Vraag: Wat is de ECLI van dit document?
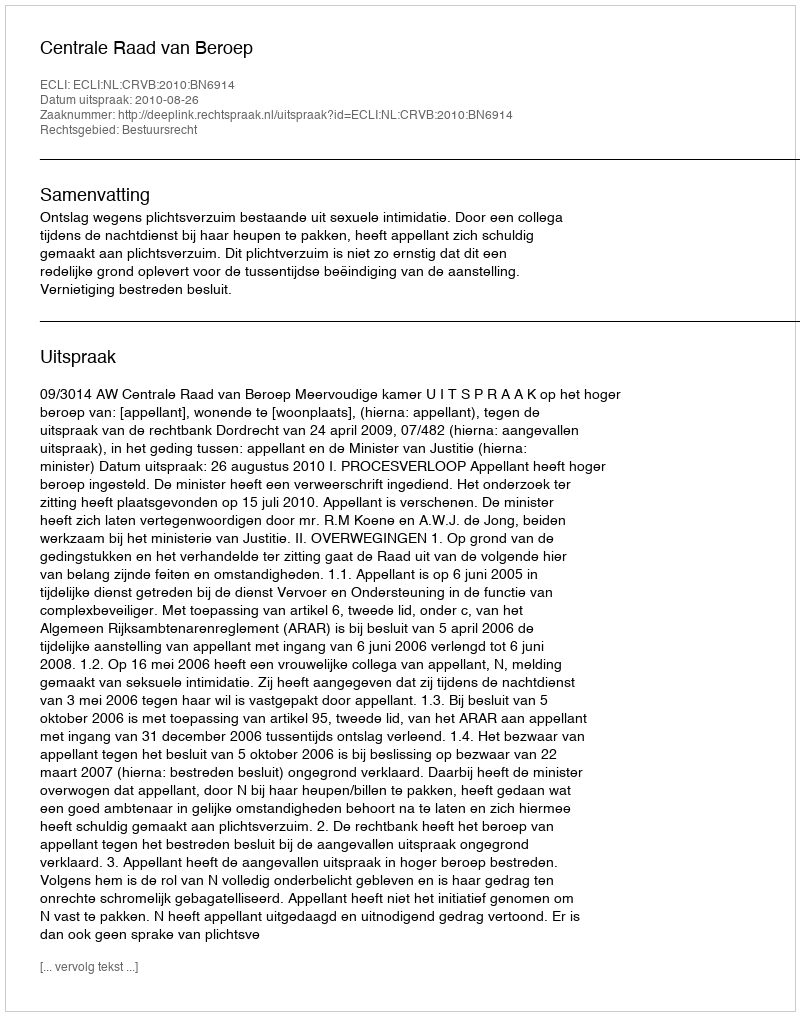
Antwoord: ECLI:NL:CRVB:2010:BN6914